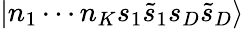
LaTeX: |n_{1}\cdots n_{K}s_{1}\tilde{s}_{1}s_{D}\tilde{s}_{D}\rangle